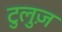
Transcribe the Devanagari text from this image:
टुलुज़